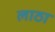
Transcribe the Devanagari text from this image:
लाठा